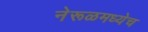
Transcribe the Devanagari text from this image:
नेरूळमध्येच